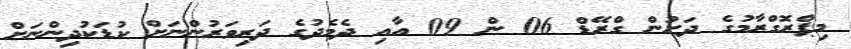
މިޕްރޮގްރާމުގެ ދަށުން ގްރޭޑް 06 ން 09 އާއި ދެމެދުގެ ދަރިވަރުންނަށް ކުޑަކުދިންނަށް